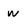
Character: w